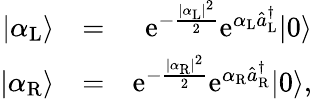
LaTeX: \begin{array}{rlr}{|\alpha_{\mathrm{L}}\rangle}&{=}&{\mathrm{e}^{-\frac{|\alpha_{\mathrm{L}}|^{2}}{2}}\mathrm{e}^{\alpha_{\mathrm{L}}\hat{a}_{\mathrm{L}}^{\dagger}}|0\rangle}\\ {|\alpha_{\mathrm{R}}\rangle}&{=}&{\mathrm{e}^{-\frac{|\alpha_{\mathrm{R}}|^{2}}{2}}\mathrm{e}^{\alpha_{\mathrm{R}}\hat{a}_{\mathrm{R}}^{\dagger}}|0\rangle,}\end{array}